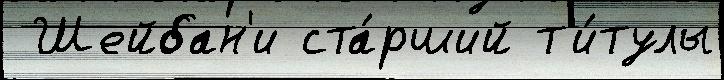
 Шейбан'и ста́рший т'и́тулы